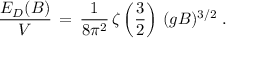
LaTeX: \frac { E _ { D } ( B ) } { V } \, = \, \frac { 1 } { 8 \pi ^ { 2 } } \, \zeta \left( \frac { 3 } { 2 } \right) \, ( g B ) ^ { 3 / 2 } \; .